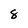
Character: 8